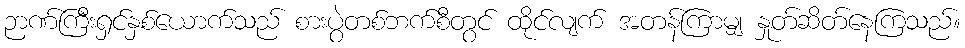
ဉာဏ်ကြီးရှင်နှစ်ယောက်သည် စားပွဲတစ်ဘက်စီတွင် ထိုင်လျက် အတန်ကြာမျှ နှုတ်ဆိတ်နေကြသည်။